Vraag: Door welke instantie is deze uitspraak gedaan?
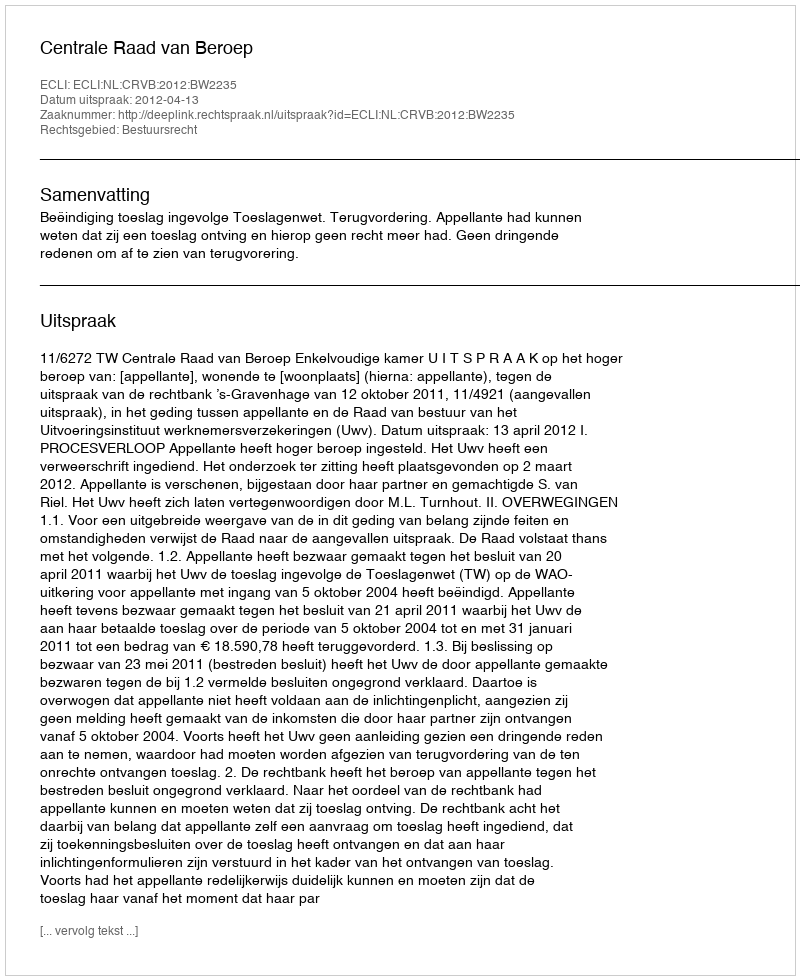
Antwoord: Centrale Raad van Beroep